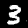
Label: 3